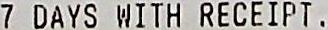
7 DAYS WITH RECEIPT .